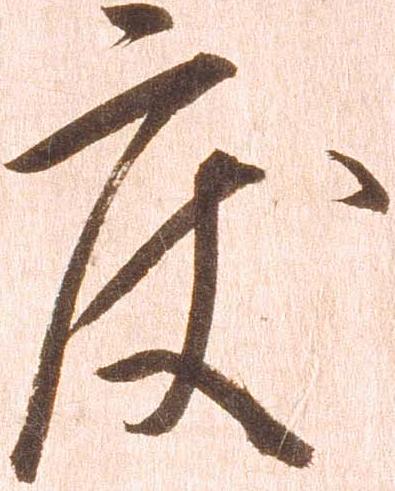
度